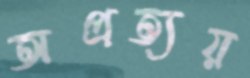
অপ্রত্যয়